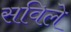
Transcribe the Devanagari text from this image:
सविले